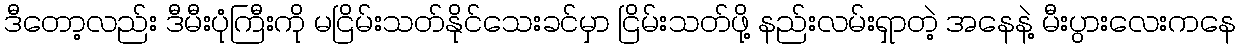
ဒီတော့လည်း ဒီမီးပုံကြီးကို မငြိမ်းသတ်နိုင်သေးခင်မှာ ငြိမ်းသတ်ဖို့ နည်းလမ်းရှာတဲ့ အနေနဲ့ မီးပွားလေးကနေ